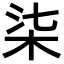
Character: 柒